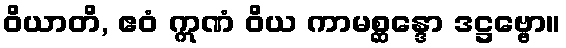
ဝိယာတိ, ဧဝံ ဣဏံ ဝိယ ကာမစ္ဆန္ဒော ဒဋ္ဌဗ္ဗော။